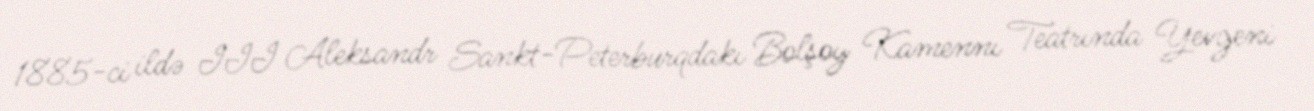
1885-ci ildə III Aleksandr Sankt-Peterburqdakı Bolşoy Kamennı Teatrında Yevgeni